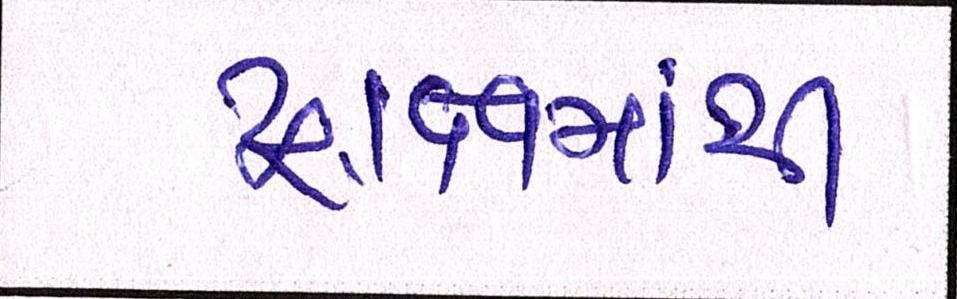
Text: દ્રાક્ષમાંથી